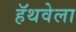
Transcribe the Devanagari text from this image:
हॅथवेला